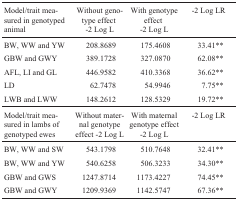
<table><thead><tr><td><b>Model/trait measured in genotyped animal</b></td><td><b>Without genotype effect-2 Log L</b></td><td><b>With genotype effect-2 Log L</b></td><td><b>-2 Log LR</b></td></tr></thead><tbody><tr><td>BW, WW and YW</td><td>208.8689</td><td>175.4608</td><td>33.41**</td></tr><tr><td>GBW and GWY</td><td>389.1728</td><td>327.0870</td><td>62.08**</td></tr><tr><td>AFL, LI and GL</td><td>446.9582</td><td>410.3368</td><td>36.62**</td></tr><tr><td>LD</td><td>62.7478</td><td>54.9946</td><td>7.75**</td></tr><tr><td>LWB and LWW</td><td>148.2612</td><td>128.5329</td><td>19.72**</td></tr><tr><td>Model/trait measured in lambs of genotyped ewes</td><td>Without maternal genotype effect -2 Log L</td><td>With maternal genotype effect -2 Log L</td><td>-2 Log LR</td></tr><tr><td>BW, WW and SW</td><td>543.1798</td><td>510.7648</td><td>32.41**</td></tr><tr><td>BW, WW and YW</td><td>540.6258</td><td>506.3233</td><td>34.30**</td></tr><tr><td>GBW and GWS</td><td>1247.8714</td><td>1173.4227</td><td>74.45**</td></tr><tr><td>GBW and GWY</td><td>1209.9369</td><td>1142.5747</td><td>67.36**</td></tr></tbody></table>